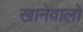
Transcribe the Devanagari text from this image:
खानेवालों